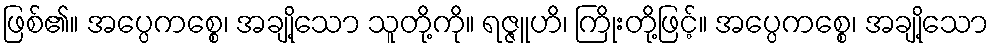
ဖြစ်၏။ အပ္ပေကစ္စေ၊ အချို့သော သူတို့ကို။ ရဇ္ဇူဟိ၊ ကြိုးတို့ဖြင့်။ အပ္ပေကစ္စေ၊ အချို့သော